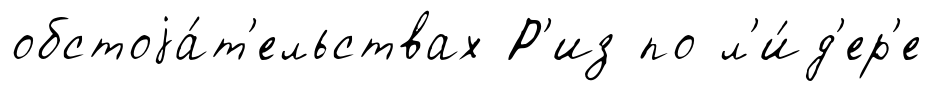
обстоjа́т'ельствах Р'из по л'и́д'ер'е